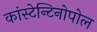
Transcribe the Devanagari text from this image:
कांस्टेन्टिनोपोल